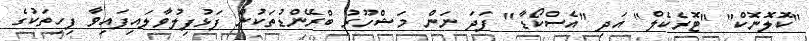
"ކޮލޮނޮކް" "ޓޮރެކެލް" އަދި "އެސްކޯޑާ" ފަދަ ނަން މަޝްހޫރު ބްރޭންޑުތަކުން ފަޅުފިލުވާލައިފައިވާ ފިހިތަކުގެ